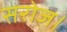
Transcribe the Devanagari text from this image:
सरोज।